Report of the Indian Hemp Drugs Commission, 1894-1895 - Volume V
Year: 1894
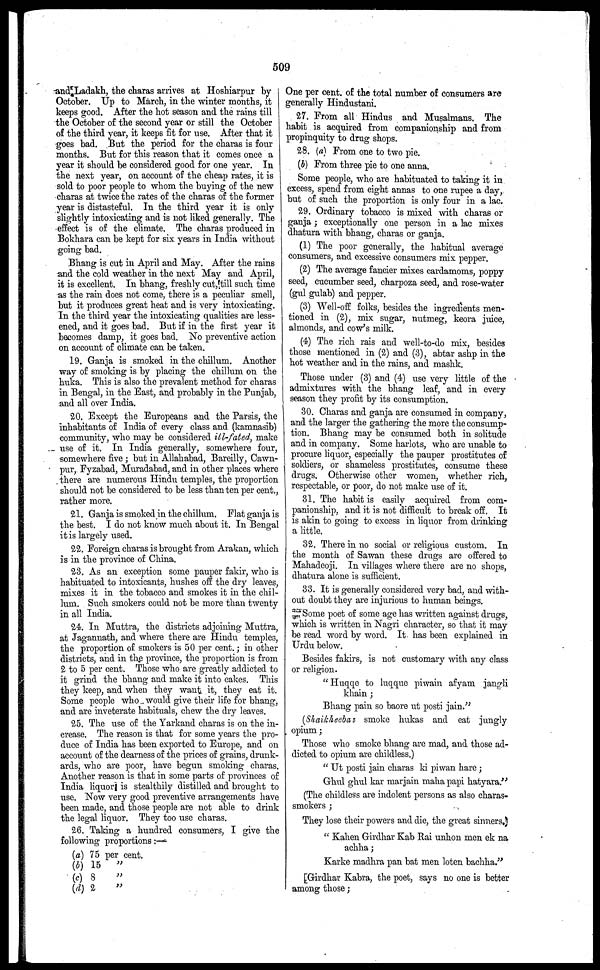
509
and Ladakh, the charas arrives at Hoshiarpur by
October. Up to March, in the winter months, it
keeps good. After the hot season and the rains till
the October of the second year or still the October
of the third year, it keeps fit for use. After that it
goes bad. But the period for the charas is four
months. But for this reason that it comes once a
year it should be considered good for one year. In
the next year, on account of the cheap rates, it is
sold to poor people to whom the buying of the new
charas at twice the rates of the charas of the former
year is distasteful. In the third year it is only
slightly intoxicating and is not liked generally. The
effect is of the climate. The charas produced in
Bokhara can be kept for six years in India without
going bad.
Bhang is cut in April and May. After the rains
and the cold weather in the next May and April,
it is excellent. In bhang, freshly cut, till such time
as the rain does not come, there is a peculiar smell,
but it produces great heat and is very intoxicating.
In the third year the intoxicating qualities are less-
ened, and it goes bad. But if in the first year it
becomes damp, it goes bad. No preventive action
on account of climate can be taken.
19. Ganja is smoked in the chillum. Another
way of smoking is by placing the chillum on the i
huka. This is also the prevalent method for charas
in Bengal, in the East, and probably in the Punjab,
and all over India.
20. Except the Europeans and the Parsis, the
inhabitants of India of every class and (kamnasib)
community, who may be considered ill-fated, make
use of it. In India generally, somewhere four,
somewhere five ; but in Allahabad, Bareilly, Cawn-
pur, Fyzabad, Muradabad, and in other places where
there are numerous Hindu temples, the proportion
should not be considered to be less than ten per cent.,
rather more.
21. Ganja is smoked in the chillum. Flat ganja is
the best. I do not know much about it. In Bengal
it is largely used.
22. Foreign charas is brought from Arakan, which
is in the province of: China.
23. As an exception some pauper fakir, who is
habituated to intoxicants, hushes off the dry leaves,
mixes it in the tobacco and smokes it in the chil-
lum. Such smokers could not be more than twenty
in all India.
24. In Muttra, the districts adjoining Muttra,
at Jaganuath, and where there are Hindu temples,
the proportion of smokers is 50 per cent.; in other
districts, and in the province, the proportion is from
2 to 5 per cent. Those who are greatly addicted to
it grind the bhang and make it into cakes. This
they keep, and when they want it, they eat it.
Some people who would give their life for bhang,
and are inveterate habituals, chew the dry leaves.
25. The use of the Yarkand charas is on the in-
crease. The reason is that for some years the pro-
duce of India has been exported to Europe, and on
account of the dearness of the prices of grains, drunk-
ards, who are poor, have begun smoking charas.
Another reason is that in some parts of provinces of
India liquori is stealthily distilled and brought to
use. Now very good preventive arrangements have
been made, and those people are not able to drink
the legal liquor. They too use charas.
26. Taking a hundred consumers, I give the
following proportions:—
(a) 75 per cent.
(b) 15
„
(c) 8
„
(d) 2
„
One per cent. of the total number of consumers are
generally Hindustani.
27. From all Hindus and Musalmans. The
habit is acquired from companionship and from
propinquity to drug shops.
28. (a) From one to two pie.
(b) From three pie to one anna.
Some people, who are habituated to taking it in
excess, spend from eight annas to one rupee a day,
but of such the proportion is only four in a lac.
29. Ordinary tobacco is mixed with charas or
ganja; exceptionally one person in a lac mixes
dhatura with bhang, charas or ganja.
(1) The poor generally, the habitual average
consumers, and excessive consumers mix pepper.
(2) The average fancier mixes cardamoms, poppy
seed, cucumber seed, charpoza seed, and rose-water
(gul gulab) and pepper.
(3) Well-off folks, besides the ingredients men-
tioned in (2), mix sugar, nutmeg, keora juice,
almonds, and cow's milk.
(4) The rich rais and well-to-do mix, besides
those mentioned in (2) and (3), abtar ashp in the
hot weather and in the rains, and mashk.
Those under (3) and (4) use very little of the
admixtures with the bhang leaf, and in every
season they profit by its consumption.
30. Charas and ganja are consumed in company,
and the larger the gathering the more the consump-
tion. Bhang may be consumed both in solitude
and in company. Some harlots, who are unable to
procure liquor, especially the pauper prostitutes of
soldiers, or shameless prostitutes, consume these
drugs. Otherwise other women, whether rich,
respectable, or poor, do not make use of it.
31. The habit is easily acquired from com-
panionship, and it is not difficult to break off. It
is akin to going to excess in liquor from drinking
a little.
32. There in no social or religious custom. In
the month of Sawan these drugs are offered to
Mahadeoji. In villages where there are no shops,
dhatura alone is sufficient.
33. It is generally considered very bad, and with-
out doubt they are injurious to human beings.
Some poet of some age has written against drugs,
which is written in Nagri character, so that it may
be read word by word. It has been explained in
Urdu below.
Besides fakirs, is not customary with any class
or religion.
" Huqqe to luqque piwain afyam jangli
khain ;
Bhang pain so baore at posti jain."
(Shaikheebaz smoke hukas and eat jungly
opium;
Those who smoke bhang are mad, and those ad-
dicted to opium are childless.)
" Ut posti jain charas ki piwan hare ;
Ghul ghul kar marjain maha papi hatyara."
(The childless are indolent persons as also charas-
smokers ;
They lose their powers and die, the great sinners.
" Kahen Girdhar Kab Rai unhon men ek na
achha;
Karke madhra pan bat men loten bachha."
[Girdhar Kabra, the poet, says no one is better
among those;